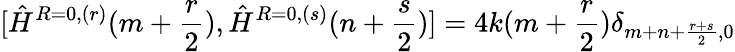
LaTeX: [\hat{H}^{R=0,(r)}(m+\frac{r}{2}),\hat{H}^{R=0,(s)}(n+\frac{s}{2})]=4k(m+\frac{r}{2})\delta_{m+n+\frac{r+s}{2},0}